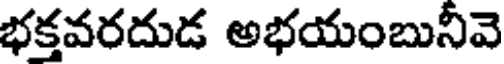
భక్తవరదుడ అభయంబునీవె